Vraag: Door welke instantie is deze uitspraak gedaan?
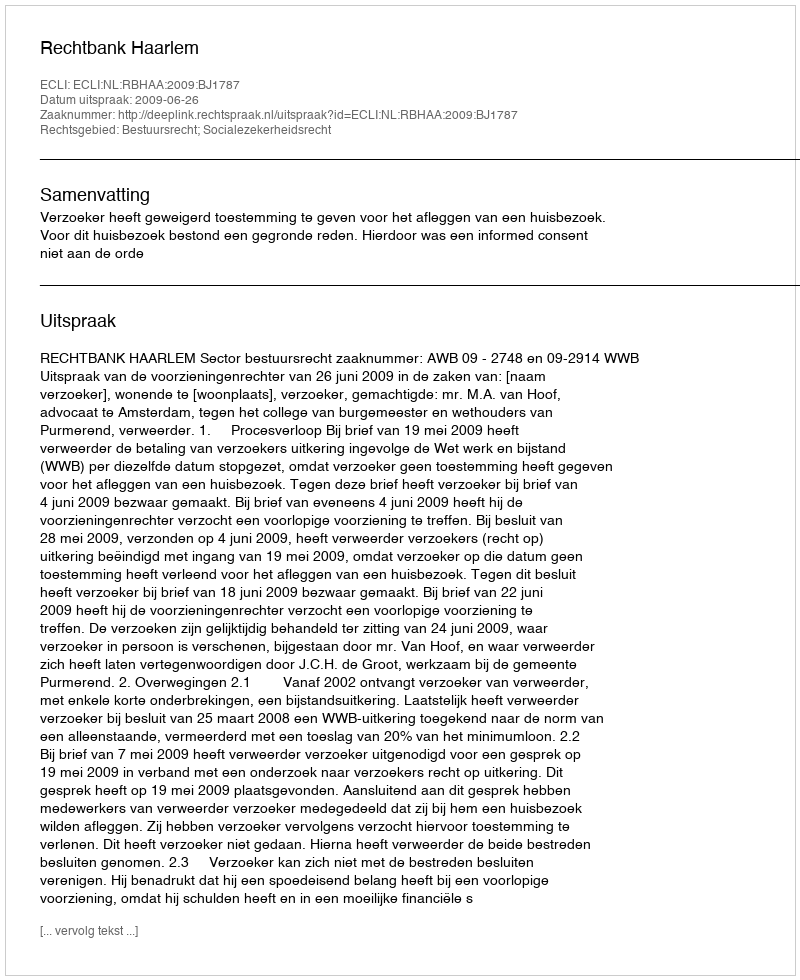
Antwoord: Rechtbank Haarlem